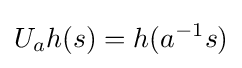
U_{a}h(s)=h(a^{-1}s)